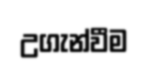
උගැන්වීම